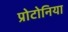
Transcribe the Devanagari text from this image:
प्रोटोनिया